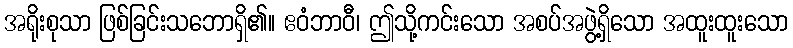
အရိုးစုသာ ဖြစ်ခြင်းသဘောရှိ၏။ ဧဝံဘာဝီ၊ ဤသို့ကင်းသော အစပ်အဖွဲ့ရှိသော အထူးထူးသော